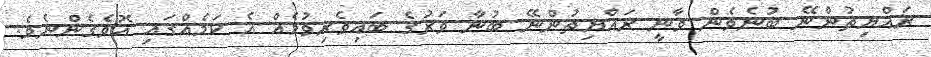
ރައްޔިތުންނޭ ބުނެވެން ވާނީ ރައްޔިތުންނޭ ބުނާ ވަރުގެ ބައިވެރިވުމެއް އެ ކަމެއްގައި އޮވެގެންނެވެ.